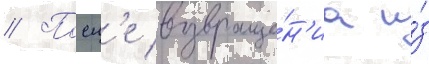
// Посл'е возвраще́н'иа и́з